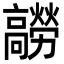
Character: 髝